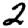
Digit: 2